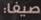
صيفا: